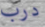
درب